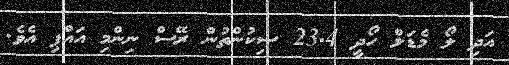
އަދި ލޯ މެޑަލް ހޯދީ 23.4 ސިކުންތުން ރޭސް ނިންމި އައްޕި އެވެ.